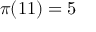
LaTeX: \pi ( 1 1 ) = 5